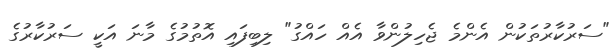
"ސަރުކާރުތަކުން އެންމެ ޖެހިލުންވާ އެއް ހައްގު" ލިބިފައި އޮތުމުގެ މާނަ އަކީ ސަރުކާރުގެ